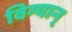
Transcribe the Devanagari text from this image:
विग्यान्